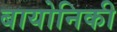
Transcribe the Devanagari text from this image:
बायोनिकी